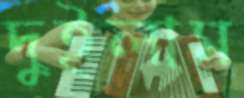
দুইলাম